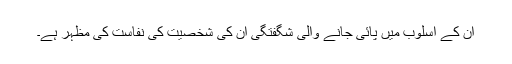
ان کے اسلوب میں پائی جانے والی شگفتگی ان کی شخصیت کی نفاست کی مظہر ہے۔